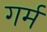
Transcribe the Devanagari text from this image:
गर्म